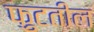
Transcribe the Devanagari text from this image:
फ़ुटतील